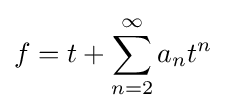
f=t+\sum _{n=2}^{\infty }a_{n}t^{n}